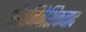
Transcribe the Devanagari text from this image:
औपनिवेशिकवाद